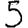
Digit: 5